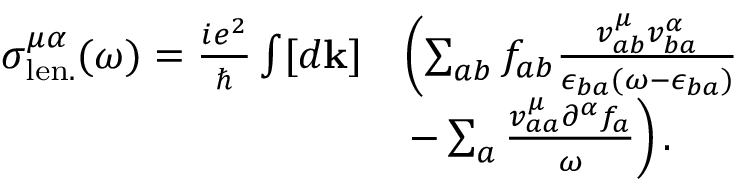
\begin{array} { r l } { \sigma _ { \mathrm { l e n . } } ^ { \mu \alpha } ( \omega ) = \frac { i e ^ { 2 } } { \hslash } \int [ d \mathbf { k } ] } & { \left( \sum _ { a b } f _ { a b } \frac { v _ { a b } ^ { \mu } v _ { b a } ^ { \alpha } } { \epsilon _ { b a } ( \omega - \epsilon _ { b a } ) } \right. } \\ & { \left. - \sum _ { a } \frac { v _ { a a } ^ { \mu } \partial ^ { \alpha } f _ { a } } { \omega } \right) \mathrm { . } } \end{array}